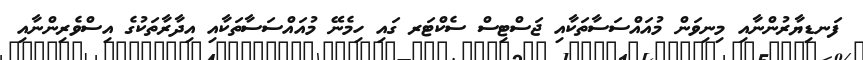
ފަނޑިޔާރުންނާއި މިނިވަން މުއައްސަސާތަކާއި ޖަސްޓިސް ސެކްޓަރ ގައި ހިމެނޭ މުއައްސަސާތަކާއި އިދާރާތަކުގެ އިސްވެރިންނާއި